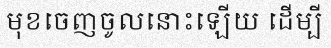
មុខចេញចូលនោះឡើយ ដើម្បី